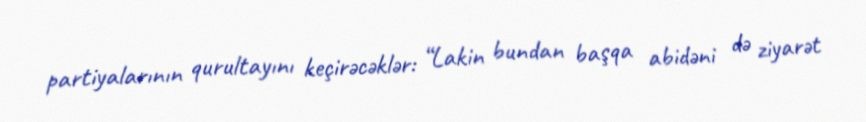
partiyalarının qurultayını keçirəcəklər: “Lakin bundan başqa abidəni də ziyarət